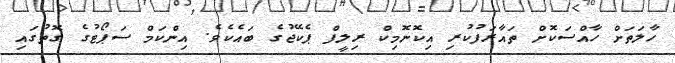
ހާލަތަށް ހާއްސަކޮށް ތައާރަފުކުރި އިކޮނޮމިކް ރިލީފް ޕެކޭޖުގެ ބައެކެވެ. އިންކަމް ސަޕޯޓުގެ ގޮތުގައި